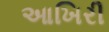
આખિરી